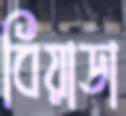
বিয়াডা